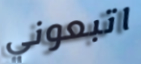
اتبعوني